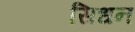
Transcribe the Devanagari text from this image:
सिधन